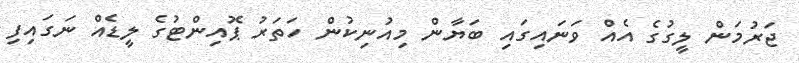
ޖަރުމަން ލީގުގެ އެއް ވަނައިގައި ބަޔާން މިއުނިކުން ހަތަރު ޕޮއިންޓުގެ ލީޑެއް ނަގައިފި